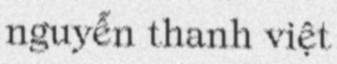
nguyễn thanh việt